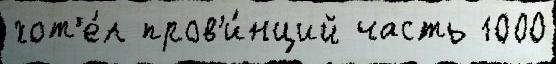
хот'е́л пров'и́нций часть 1000